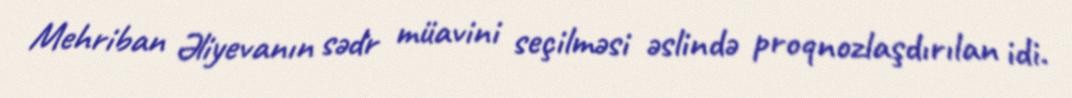
Mehriban Əliyevanın sədr müavini seçilməsi əslində proqnozlaşdırılan idi.